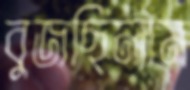
বুজছিলাম